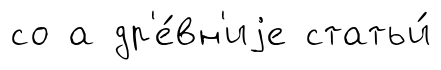
со а др'е́вн'иjе статьи́